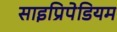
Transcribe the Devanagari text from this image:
साइप्रिपेडियम